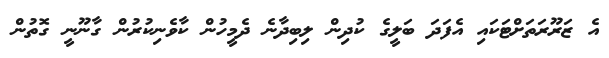
އެ ޒަރޫރަތަށްޓަކައި އެފަދަ ބަލީގެ ކުދިން ލިބިދާނެ ދެމީހުން ކާވެނިކުރުން ގާނޫނީ ގޮތުން